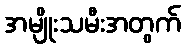
အမျိုးသမီးအတွက်